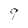
Character: 9